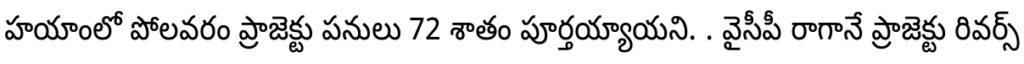
హయాంలో పోలవరం ప్రాజెక్టు పనులు 72 శాతం పూర్తయ్యాయని. . వైసీపీ రాగానే ప్రాజెక్టు రివర్స్